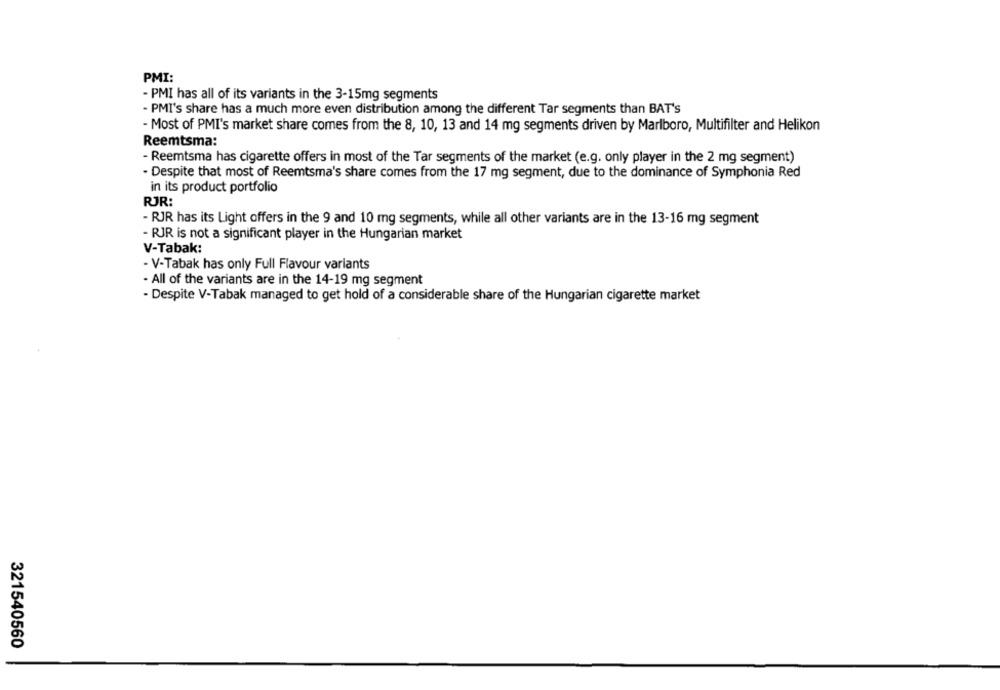
PMI:
- PMI has all of its variants in the 3-15mg segments
- PMI's share has a much more even distribution among the different Tar segments than BAT's
- Most of PMI's market share comes from the 8, 10, 13 and 14 mg segments driven by Marlboro, Multifilter and Helikon
Reemtsma:
- Reemtsma has cigarette offers in most of the Tar segments of the market (e.g. only player in the 2 mg segment)
. Despite that most of Reemtsma's share comes from the 17 mg segment, due to the dominance of Symphonia Red
in its product portfolio
RJR:
- RJR has its Light offers in the 9 and 10 mg segments, while all other variants are in the 13-16 mg segment
- RJR is not a significant player in the Hungarian market
V-Tabak:
- V-Tabak has only Full Flavour variants
- All of the variants are in the 14-19 mg segment
- Despite V-Tabak managed to get hold of a considerable share of the Hungarian cigarette market
321540560